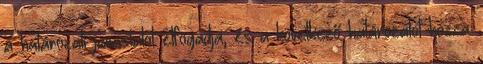
a határozati javaslatot elfogadja, és a következő határozatot hozza: